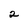
Character: 2